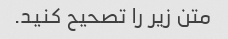
متن زیر را تصحیح کنید.